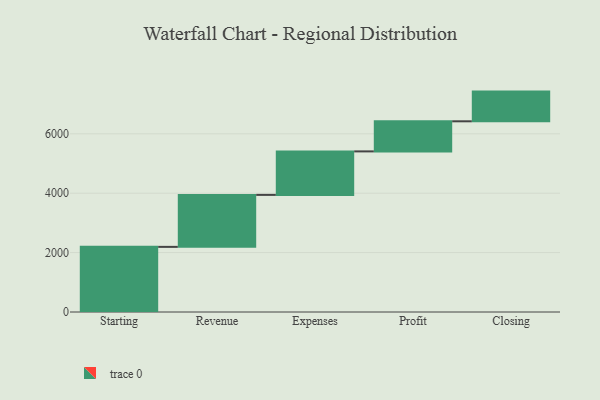
{"axis": {"x": "Step", "y": "Value"}, "legend": [""], "data": [{"x": "Starting", "y": 2193.0, "type": ""}, {"x": "Revenue", "y": 1750.0, "type": ""}, {"x": "Expenses", "y": 1465.0, "type": ""}, {"x": "Profit", "y": 1013.0, "type": ""}, {"x": "Closing", "y": 1000, "type": ""}]}